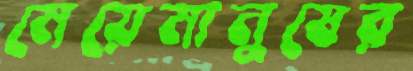
মেয়েমানুষের